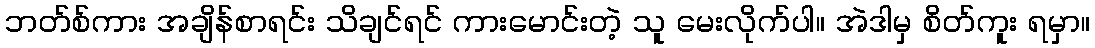
ဘတ်စ်ကား အချိန်စာရင်း သိချင်ရင် ကားမောင်းတဲ့ သူ မေးလိုက်ပါ။ အဲဒါမှ စိတ်ကူး ရမှာ။